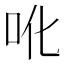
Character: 吪